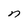
Character: n